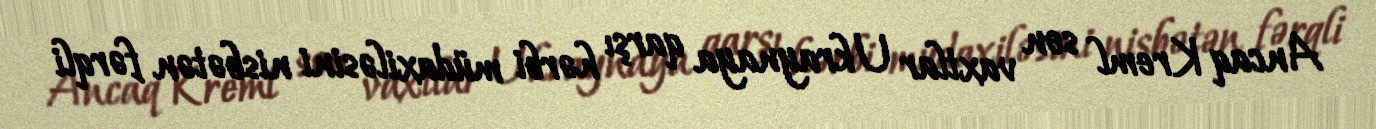
Ancaq Kreml son vaxtlar Ukraynaya qarşı hərbi müdaxiləsini nisbətən fərqli